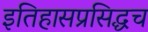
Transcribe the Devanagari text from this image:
इतिहासप्रसिद्धच